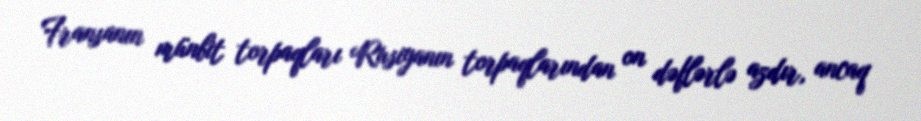
Fransanın münbit torpaqları Rusiyanın torpaqlarından on dəflərlə azdır, ancaq